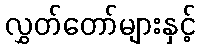
လွှတ်တော်များနှင့်